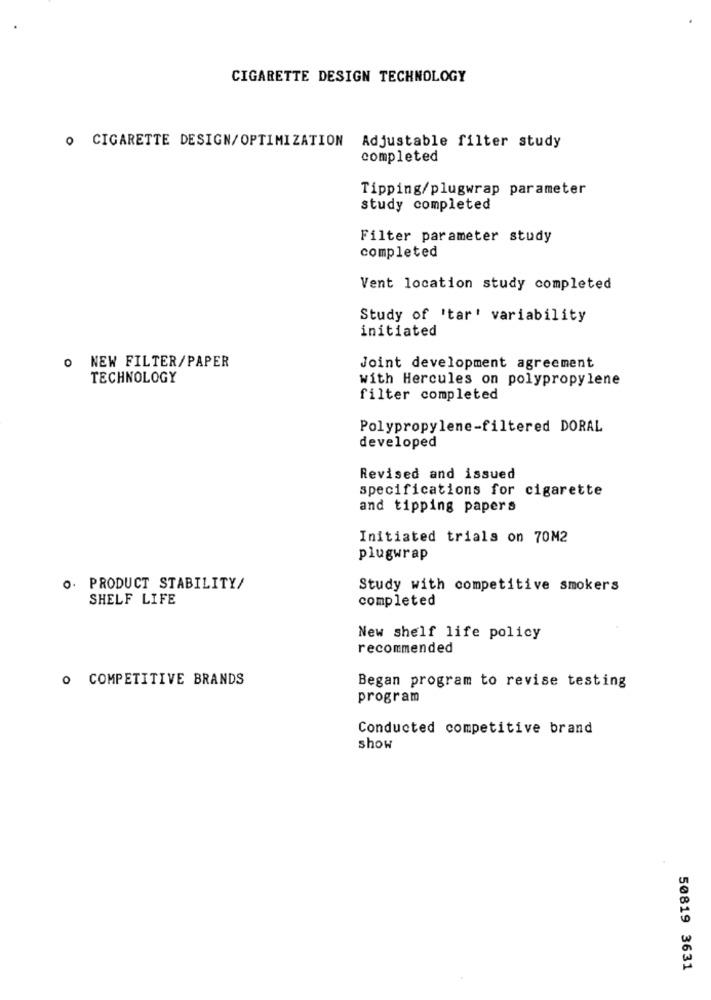
CIGARETTE DESIGN TECHNOLOGY
O CIGARETTE DESIGN/OPTIMIZATION
Adjustable filter study
completed
Tipping/plugwrap parameter
study completed
Filter parameter study
completed
Vent location study completed
Study of 'tar' variability
initiated
O NEW FILTER/PAPER
Joint development agreement
TECHNOLOGY
with Hercules on polypropylene
filter completed
Polypropylene-filtered DORAL
developed
Revised and issued
specifications for cigarette
and tipping papers
Initiated trials on 70M2
plugwrap
O. PRODUCT STABILITY/
Study with competitive smokers
SHELF LIFE
completed
New shelf life policy
recommended
O COMPETITIVE BRANDS
Began program to revise testing
program
Conducted competitive brand
show
50819 3631